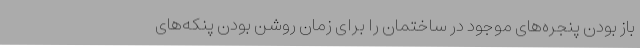
باز بودن پنجره‌های موجود در ساختمان را برای زمان روشن بودن پنکه‌های